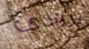
برودي